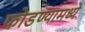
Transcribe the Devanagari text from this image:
फोडण्यामध्ये